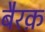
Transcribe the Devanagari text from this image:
बैरक़